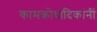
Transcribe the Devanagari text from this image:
कामक्रोधादिकांनीं